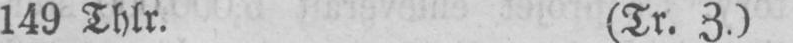
149 Thlr. (Tr. Z.)